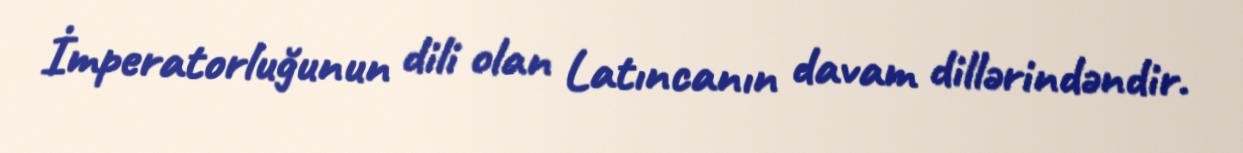
İmperatorluğunun dili olan Latıncanın davam dillərindəndir.